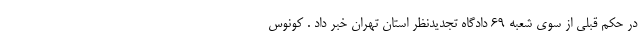
در حکم قبلی از سوی شعبه ۶۹ دادگاه تجدیدنظر استان تهران خبر داد . کونوس